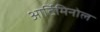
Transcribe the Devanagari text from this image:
आर्टिमिनोल